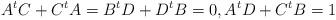
LaTeX: \begin{align*}A^{t}C+C^{t}A=B^{t}D+D^{t}B=0,A^{t}D+C^{t}B=1\end{align*}